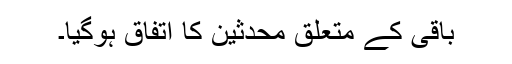
باقی کے متعلق محدثین کا اتفاق ہوگیا۔